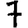
Digit: 7